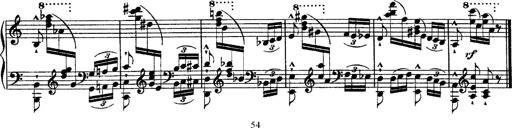
Title: Ã‰tudes d'exÃ©cution transcendante d'aprÃ¨s Paganini
Composer: Franz Liszt